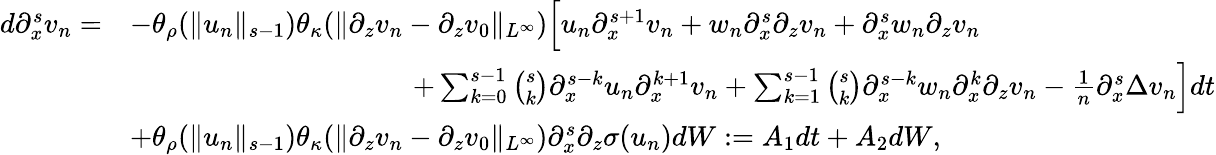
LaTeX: \begin{array}{rl}{d\partial_{x}^{s}v_{n}=}&{-\theta_{\rho}(\| u_{n}\| _{s-1})\theta_{\kappa}(\| \partial_{z}v_{n}-\partial_{z}v_{0}\| _{L^{\infty}})\Big[u_{n}\partial_{x}^{s+1}v_{n}+w_{n}\partial_{x}^{s}\partial_{z}v_{n}+\partial_{x}^{s}w_{n}\partial_{z}v_{n}}\\ &{\qquad\qquad\qquad\qquad\qquad+\sum_{k=0}^{s-1}\binom{s}{k}\partial_{x}^{s-k}u_{n}\partial_{x}^{k+1}v_{n}+\sum_{k=1}^{s-1}\binom{s}{k}\partial_{x}^{s-k}w_{n}\partial_{x}^{k}\partial_{z}v_{n}-\frac 1n\partial_{x}^{s}\Delta v_{n}\Big]dt}\\ &{+\theta_{\rho}(\| u_{n}\| _{s-1})\theta_{\kappa}(\| \partial_{z}v_{n}-\partial_{z}v_{0}\| _{L^{\infty}})\partial_{x}^{s}\partial_{z}\sigma(u_{n})dW:=A_{1}dt+A_{2}dW,}\end{array}